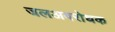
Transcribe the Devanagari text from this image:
जलअवरोधक